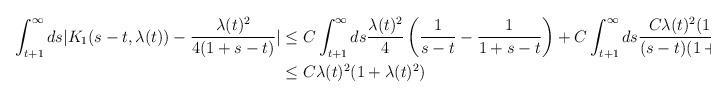
LaTeX: \begin{align*} \int_{t+1}^{\infty} ds |K_{1}(s-t,\lambda(t))-\frac{\lambda(t)^{2}}{4(1+s-t)}| &\leq C \int_{t+1}^{\infty} ds \frac{\lambda(t)^{2}}{4}\left(\frac{1}{s-t}-\frac{1}{1+s-t}\right) + C \int_{t+1}^{\infty}ds \frac{C \lambda(t)^{2}(1+\lambda(t)^{2})}{(s-t)(1+(s-t)^{2})}\\&\leq C \lambda(t)^{2}(1+\lambda(t)^{2})\end{align*}